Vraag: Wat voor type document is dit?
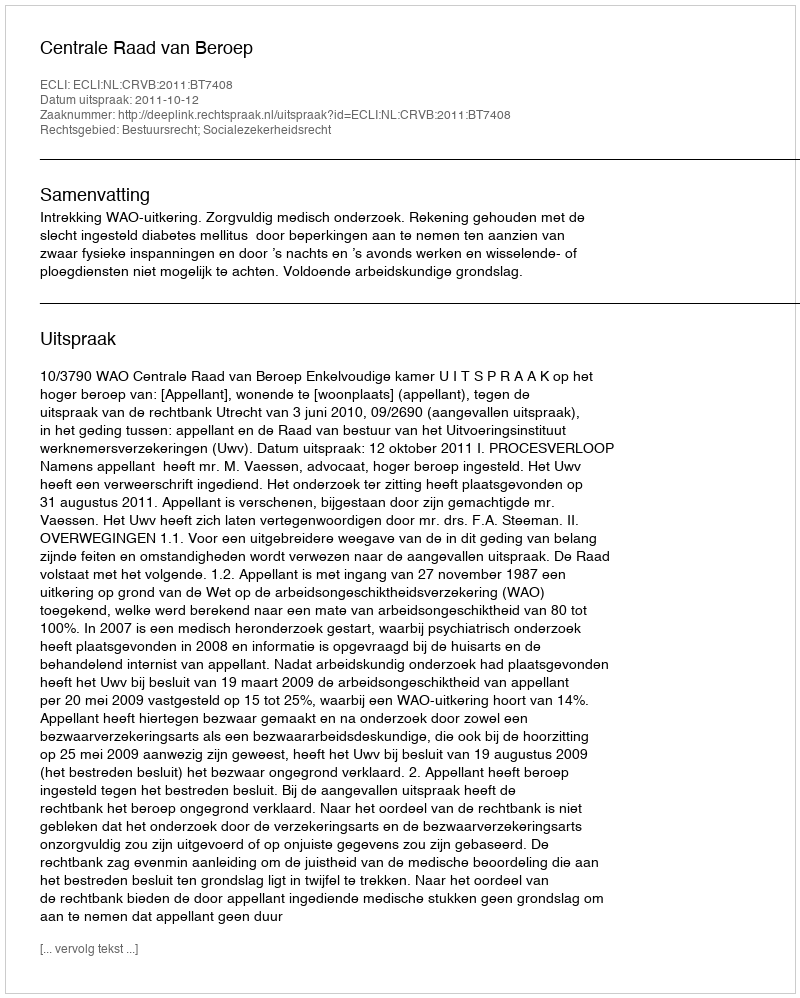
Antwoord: Uitspraak